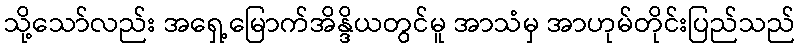
သို့သော်လည်း အရှေ့မြောက်အိန္ဒိယတွင်မူ အာသံမှ အာဟုမ်တိုင်းပြည်သည်